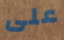
على